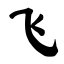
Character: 飞